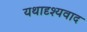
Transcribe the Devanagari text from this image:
यथादृश्यवाद